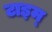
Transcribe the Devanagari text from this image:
टाइम्